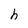
Character: h